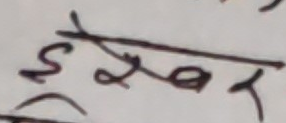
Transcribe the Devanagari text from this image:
इश्वर